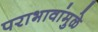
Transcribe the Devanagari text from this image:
पराभावांमुळे